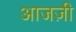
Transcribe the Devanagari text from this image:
आजज़ी